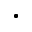
\bullet